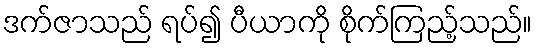
ဒက်ဇာသည် ရပ်၍ ပီယာကို စိုက်ကြည့်သည်။